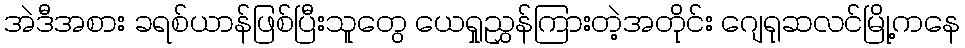
အဲဒီအစား ခရစ်ယာန်ဖြစ်ပြီးသူတွေ ယေရှုညွှန်ကြားတဲ့အတိုင်း ဂျေရုဆလင်မြို့ကနေ